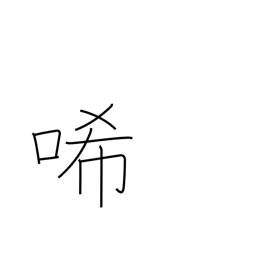
Meaning: grieve